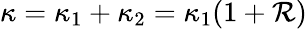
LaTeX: \kappa=\kappa_{1}+\kappa_{2}=\kappa_{1}(1+\mathcal{R})